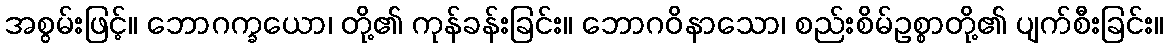
အစွမ်းဖြင့်။ ဘောဂက္ခယော၊ တို့၏ ကုန်ခန်းခြင်း။ ဘောဂဝိနာသော၊ စည်းစိမ်ဥစ္စာတို့၏ ပျက်စီးခြင်း။